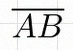
\overline{AB}